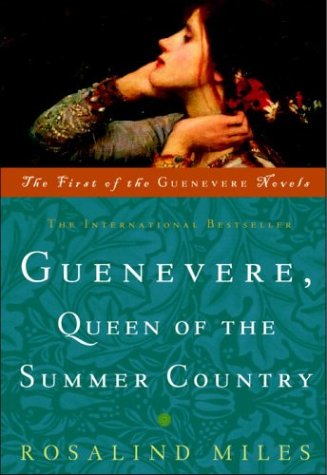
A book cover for Guenevere, Queen of the Summer Country (Guenevere Novels); Rosalind Miles; Science Fiction & Fantasy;